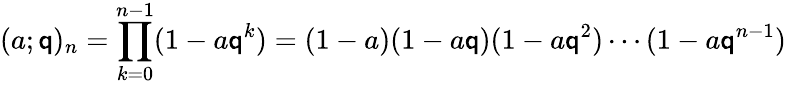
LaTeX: (a;\mathsf{q})_{n}=\prod_{k=0}^{n-1}(1-a\mathsf{q}^{k})=(1-a)(1-a\mathsf{q})(1-a\mathsf{q}^{2})\cdots(1-a\mathsf{q}^{n-1})